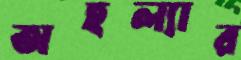
অহল্যার